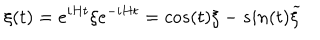
\xi ( t ) = e ^ { i H t } \xi e ^ { - i H t } = c o s ( t ) \xi - s i n ( t ) { \widetilde \xi }